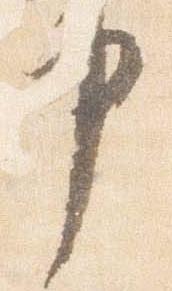
申